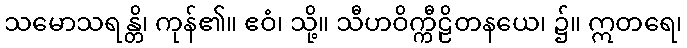
သမောသရန္တိ၊ ကုန်၏။ ဧဝံ၊ သို့။ သီဟဝိက္ကီဠိတနယေ၊ ၌။ ဣတရေ၊